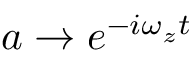
a \rightarrow e ^ { - i \omega _ { z } t }